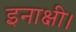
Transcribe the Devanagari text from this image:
इनाक्षी।